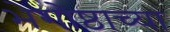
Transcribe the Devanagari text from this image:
भेगोष्ठाच्या